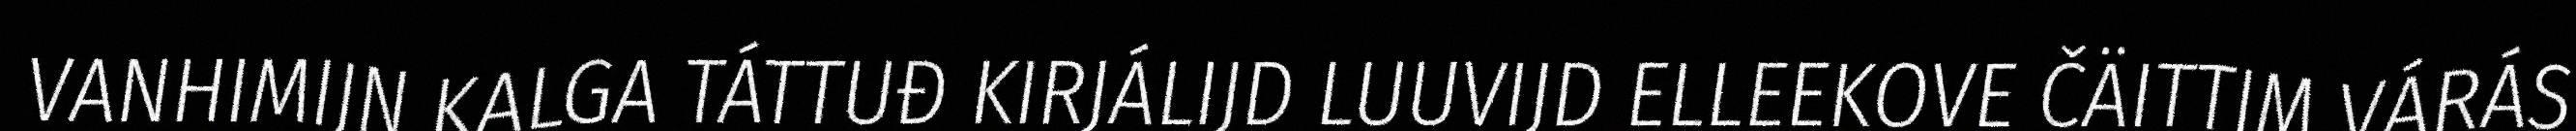
VANHIMIJN KALGA TÁTTUĐ KIRJÁLIJD LUUVIJD ELLEEKOVE ČÄITTIM VÁRÁS